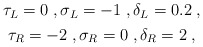
\begin{align*}\begin{gathered}\tau_L = 0 \;, \sigma_L = -1 \;, \delta_L = 0.2 \;, \\\tau_R = -2 \;, \sigma_R = 0 \;, \delta_R = 2 \;,\end{gathered}\end{align*}